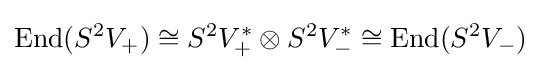
\mathrm {End} (S^{2}V_{+})\cong S^{2}V_{+}^{*}\otimes S^{2}V_{-}^{*}\cong \mathrm {End} (S^{2}V_{-})